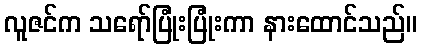
လူဇင်က သရော်ပြုံးပြုံးကာ နားထောင်သည်။